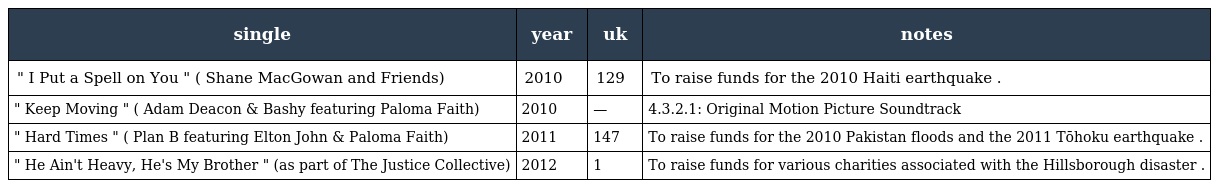
| single | year | uk | notes |
 | --- | --- | --- | --- |
 | " I Put a Spell on You " ( Shane MacGowan and Friends) | 2010 | 129 | To raise funds for the 2010 Haiti earthquake . |
 | " Keep Moving " ( Adam Deacon & Bashy featuring Paloma Faith) | 2010 | — | 4.3.2.1: Original Motion Picture Soundtrack |
 | " Hard Times " ( Plan B featuring Elton John & Paloma Faith) | 2011 | 147 | To raise funds for the 2010 Pakistan floods and the 2011 Tōhoku earthquake . |
 | " He Ain't Heavy, He's My Brother " (as part of The Justice Collective) | 2012 | 1 | To raise funds for various charities associated with the Hillsborough disaster . |